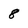
Character: 8